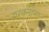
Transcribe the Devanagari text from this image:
ठाकराना